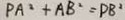
P A ^ { 2 } + A B ^ { 2 } = P B ^ { 2 }